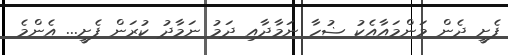
ފެށީ ދެން މަންމައާއެކު ޟުހާ ނަމާދާއި ދަމު ނަމާދު ކުރަން ފެށީ... އެންމެ